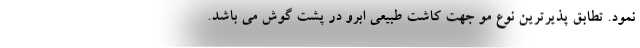
نمود. تطابق پذیرترین نوع مو جهت کاشت طبیعی ابرو در پشت گوش می باشد.